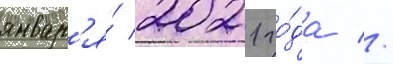
январ'я́ 2021 го́да //